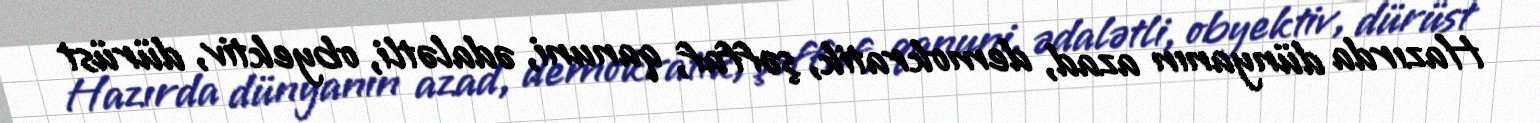
Hazırda dünyanın azad, demokratik, şəffaf, qanuni, ədalətli, obyektiv, dürüst